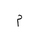
Letter: _mim